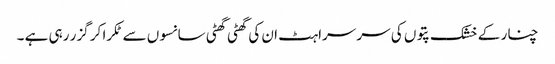
چنار کے خشک پتوں کی سر سراہٹ ان کی گھٹی گھٹی سانسوں سے ٹکرا کر گزر رہی ہے ۔